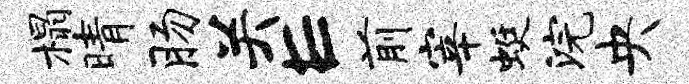
榻晴肠关E前宰蜓浣央